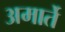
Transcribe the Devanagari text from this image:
अमार्ते